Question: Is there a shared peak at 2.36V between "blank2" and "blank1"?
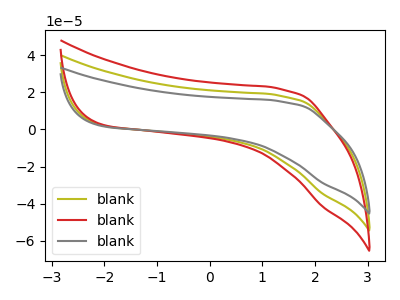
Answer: <think>The olive curve "blank1" has no peaks. The red curve "blank2" has no peaks. The gray curve "blank3" has no peaks.</think>
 <answer>No, "blank2" and "blank1" dont share a peak at 2.36V.</answer>
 <eval>mismatch</eval>